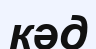
кәд